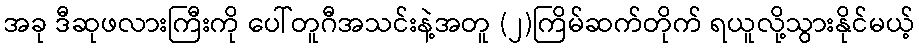
အခု ဒီဆုဖလားကြီးကို ပေါ်တူဂီအသင်းနဲ့အတူ (၂)ကြိမ်ဆက်တိုက် ရယူလို့သွားနိုင်မယ့်